Civil Veterinary Dept. Assam report 1911-1927 - 1911-1927
Year: 1911
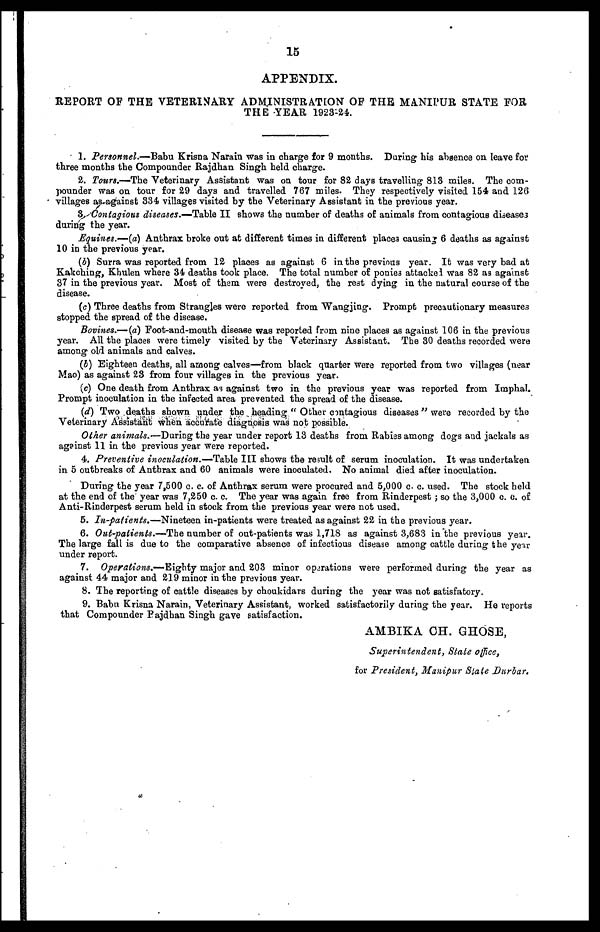
15
APPENDIX.
REPORT OF THE VETERINARY ADMINISTRATION OP THE MANIPUR STATE FOR
THE YEAR 1923-24.
1. Personnel.—Babu Krisna Narain was in charge for 9 months. During his absence on leave for
three months the Compounder Rajdhan Singh held charge.
2. Tours.—The Veterinary Assistant was on tour for 82 days travelling 813 mile9. The com-
pounder was on tour for 29 days and travelled 767 miles. They respectively visited 154 and 126
villages as-against 334 villages visited by the Veterinary Assistant in the previous year.
3. Contagious diseases.—Table II shows the number of deaths of animals from contagious diseases
during the year.
Equines.—(a) Anthrax broke out at different times in different place3 causing 6 deaths as against
10 in the previous year.
(b) Surra was reported from 12 places as against 6 in the previous year. It was very bad at
Kakching, Khulen where 34 deaths took place. The total number of ponies attacked Was 82 as against
37 in the previous year. Most of them were destroyed, the rest dying in the natural course of the
disease.
(c) Three deaths from Strangles were reported from Wangjing. Prompt precautionary measures
stopped the spread of the disease,
Bovines.— (a) Foot-and-mouth disease was reported from nine places as against 106 in the previous
year. All the places were timely visited by the Veterinary Assistant. The 30 deaths recorded were
among old animals and calves.
(5) Eighteen deaths, all among calves—from black quarter were reported from two villages (near
Mao) as against 23 from four villages in the previous year.
(c) One death from Anthrax as against two in the previous year was reported from Imphal.
Prompt inoculation in the infected area prevented the spread of the disease.
(d) Two deaths shown under the heading " Other contagious diseases " were recorded by the
Veterinary Assistant when accurate diagnosis was not possible.
Other animals.—During the year under report 13 deaths from Rabies among dogs and jackals as
against 11 in the previous year were reported.
4. Preventive inoculation.—Table III shows the result of serum inoculation. It was undertaken
in 5 outbreaks of Anthrax and 60 animals were inoculated. No animal died after inoculation.
During the year 7,500 c. c. of Anthrax serum were procured and 5,000 c. c. used. The stock held
at the end of the year was 7,250 c. c. The year was again free from Rinderpest ; so the 3,000 c. c. of
Anti-Rinderpest serum held in stock from the previous year were not used.
5. In-patients.—Nineteen
in-patients were treated as against 22 in the previous year.
6. Out-patients.—The number of out-patients was 1,718 as against 3,683 in the previous year.
The large fall is due to the comparative absence of infectious disease among cattle during the year
under report.
7. Operations.—Eighty major and 203 minor operations were performed during the year as
against 44 major and 219 minor in the previous year.
8. The reporting of cattle diseases by choukidars during the year was not satisfatory.
9. Babu Krisna Narain, Veterinary Assistant, worked satisfactorily during the year. He reports
that Compounder Pajdhan Singh gave satisfaction.
AMBIKA CH. GHOSE,
Superintendent, State office,
for President, Manipur State Durbar.